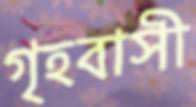
গৃহবাসী